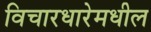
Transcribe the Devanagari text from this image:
विचारधारेमधील